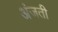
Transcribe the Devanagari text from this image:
अंजती